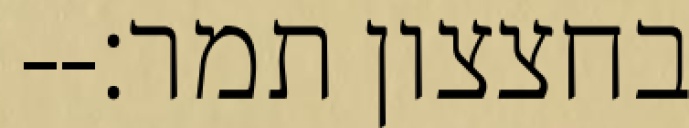
בחצצון תמר׃--